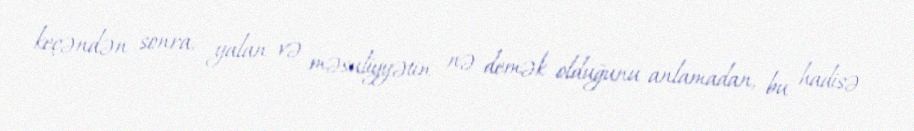
keçəndən sonra, yalan və məsuliyyətin nə demək olduğunu anlamadan, bu hadisə